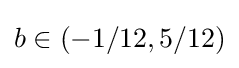
b\in (-1/12,5/12)